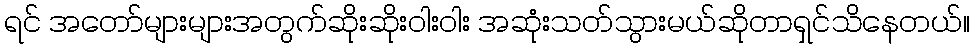
ရင် အတော်များများအတွက်ဆိုးဆိုးဝါးဝါး အဆုံးသတ်သွားမယ်ဆိုတာရှင်သိနေတယ်။